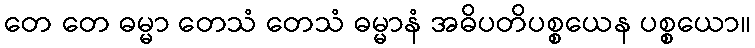
တေ တေ ဓမ္မာ တေသံ တေသံ ဓမ္မာနံ အဓိပတိပစ္စယေန ပစ္စယော။